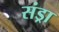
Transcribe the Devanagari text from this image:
संड्रा